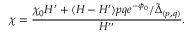
\chi = \frac { \chi _ { 0 } H ^ { \prime } + ( H - H ^ { \prime } ) p q e ^ { - \phi _ { 0 } } / \tilde { \Delta } _ { ( p , q ) } } { H ^ { \prime \prime } } .